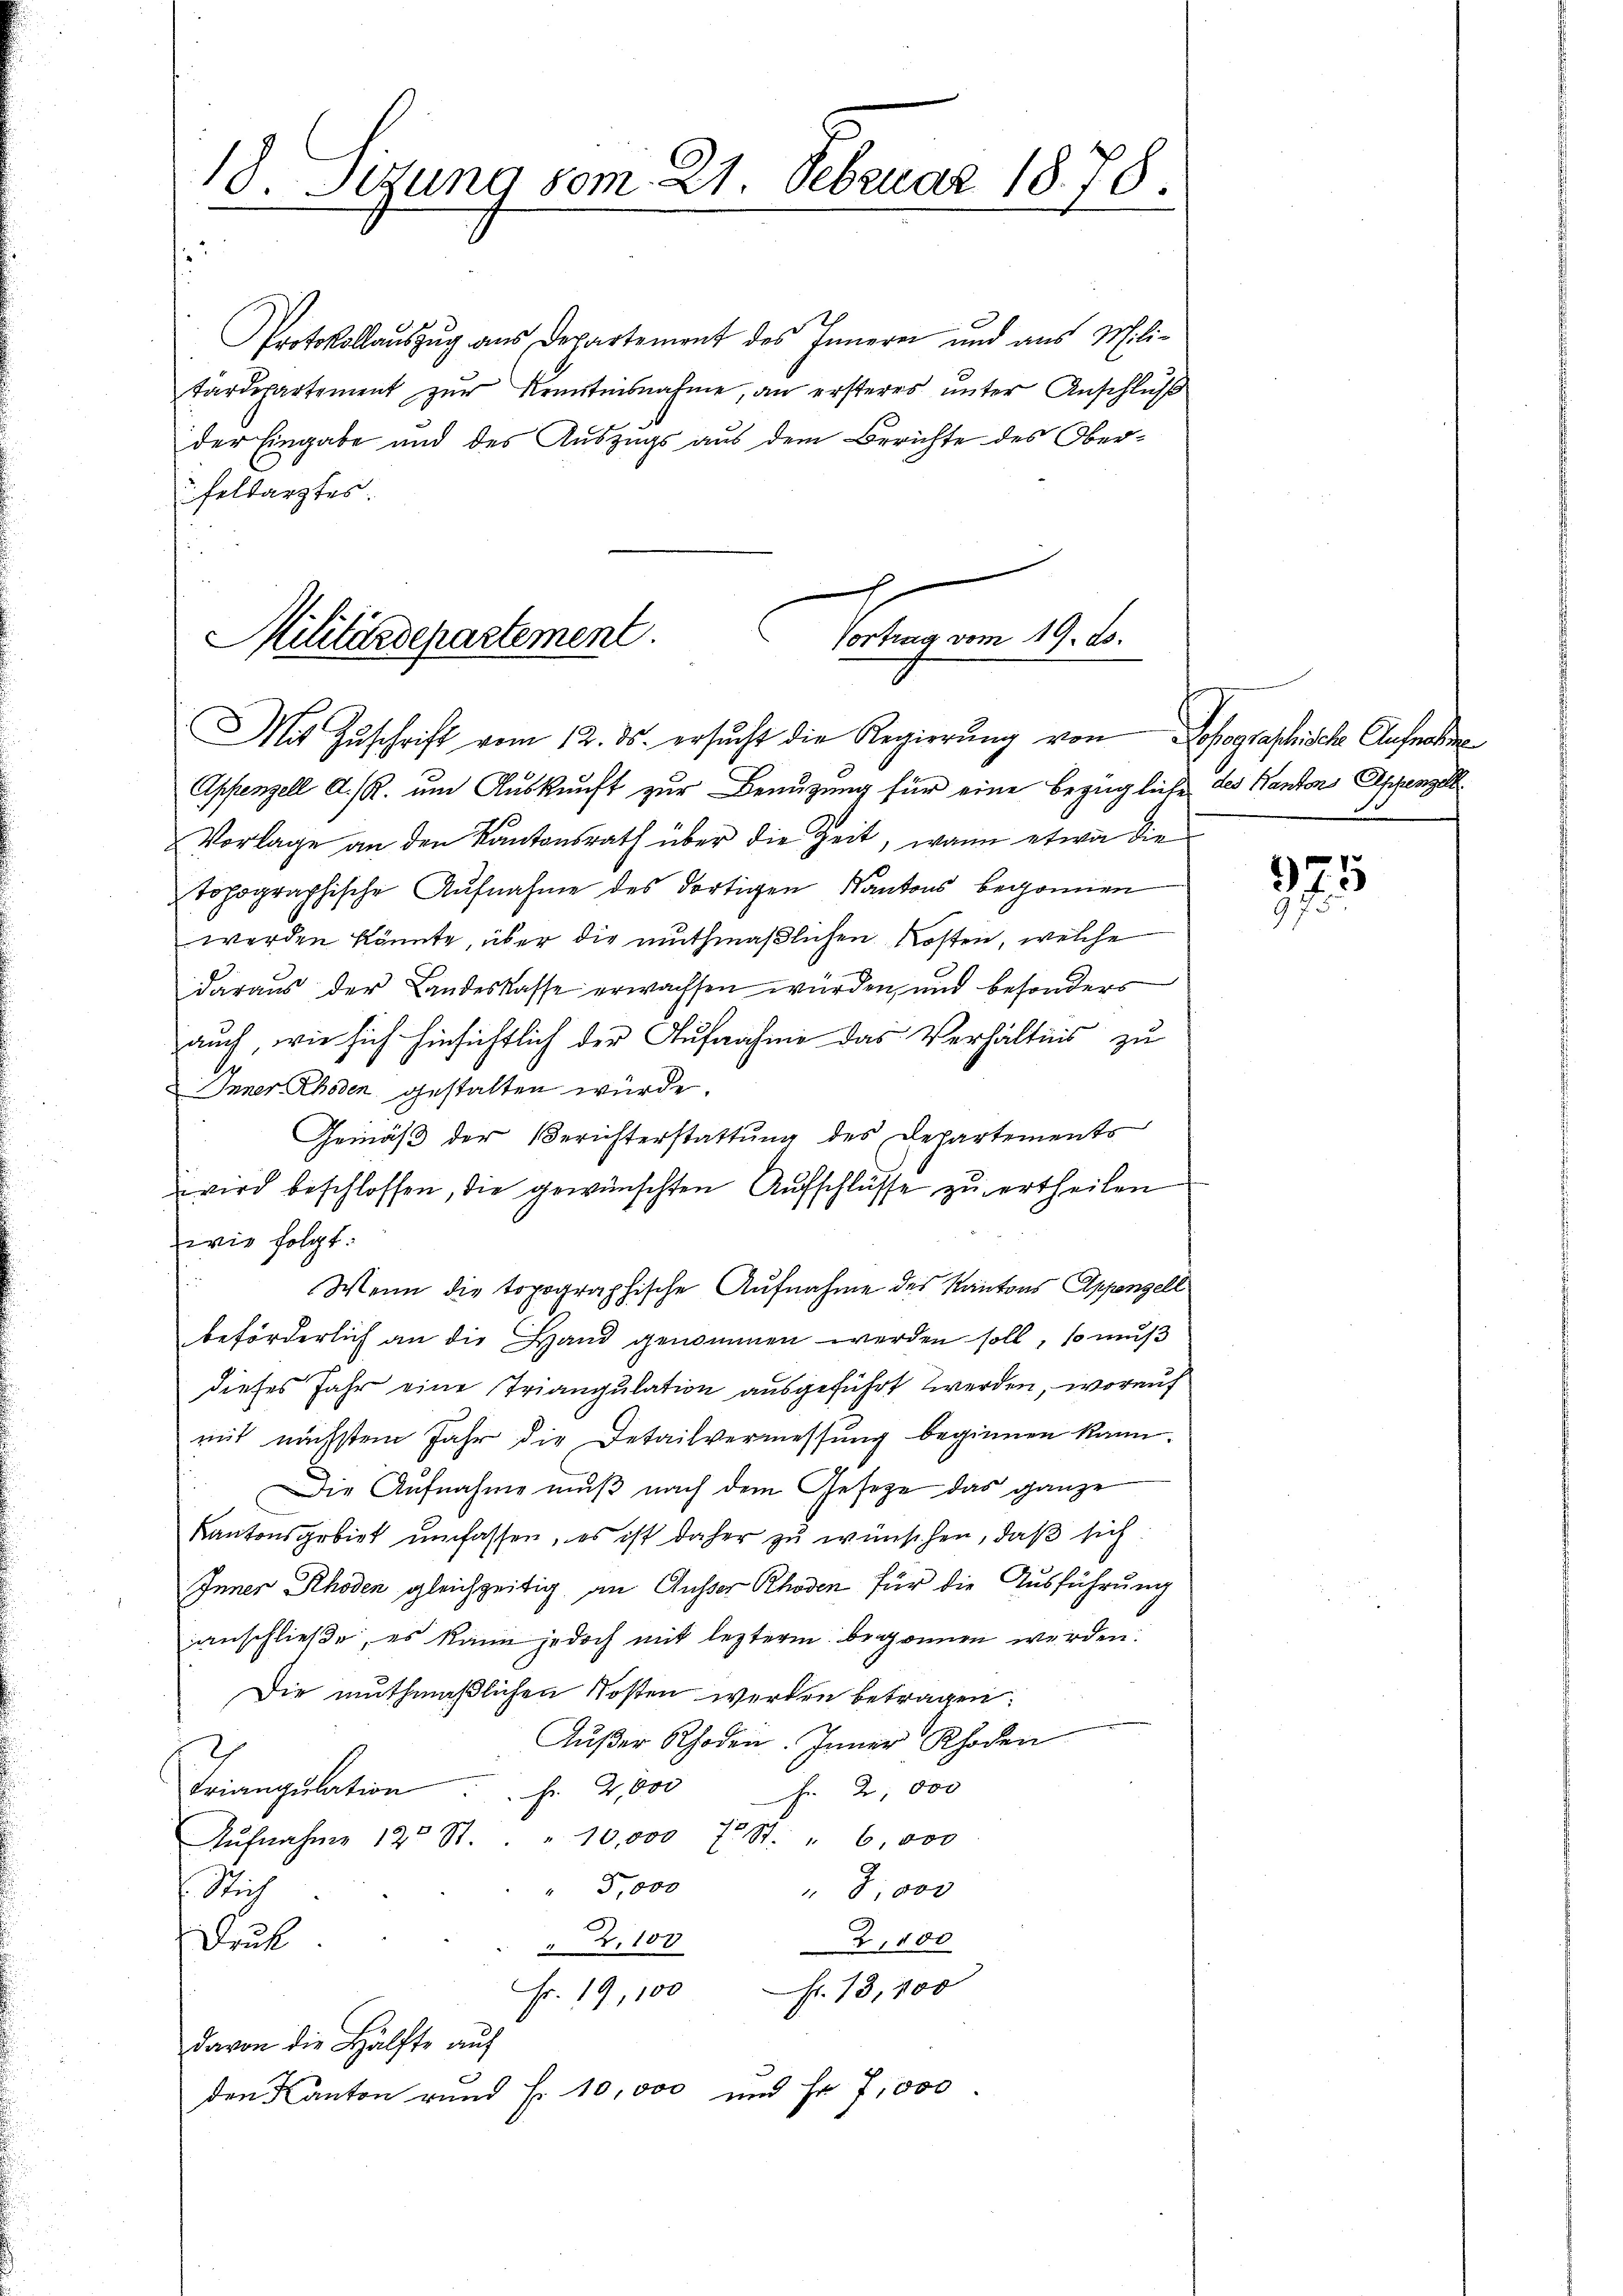
18. Sezung vom 21. Februar 1878.

.
Protokollauszug aus Departement des Inneren und aus Militärdepartement zŭr Kenntnisnahme, an ersteres ŭnter Anschlŭβ
der Eingabe und des Auszugs aus dem Berichte des Oberfeldarztes

x
Militärdepartement.
Vortrag vom 19. Js.
Mit Zŭschrift vom 12. ds. ersŭcht die Regierŭng von Lohographisch Aufnah

Appenzell A. R. um Auskunft zur Benuzung für eine bezügliche des Kanton Appenzell
Vorlage an den Kantonsrath über die Zeit, wann etwa die
topographische Aufnahme des dortigen Kantons begonnen
werden könnte, über die muthmaßlichen Kosten, welche
daraus der Landeskasse erwachsen würden, und besonders
auch, wie sich hinsichtlich der Aufnahme das Verhältnis zu
Appenzell gestalten würde.
Gemäß der Berichterstattung des Departements
ii wird beschlossen, die gewünschten Aufschlüsse zu ertheilen
wie folgt:
u
Wenn die topographische Aufnahme des Kantons Appenzell
beförderlich an die Hand genommen werden soll, so mus
dieses Jahr eine Triangulation ausgeführt werden, worauf
mit nächsten Jahr die Detailvermessung beginnen kann.
Die Aufnahme muß nach dem Gesetze das ganze
Kantonsgebiet umfassen, es ist daher zu wünschen, daß sich
Appenzell gleichzeitig an Ausser Rhoden für die Ausführung
anschließe, es kann jedoch mit lezterm begonnen werden.
Die muthmaßlichen Kosten werden betragen:
Außer Rhoden. Appenzell
Triangulation . . . . 2,000
Fr. 2 000
" 10,000 f. St. " 6,000
Aufnahme 125 St.
5,000
Sich
8,000
,100
Druk
 2,100
Fr. 19, 100fr. 13,100
davon die Hälfte auf
den Kanton rund Fr. 10,000 und Fr. 7,000.

975
7